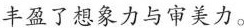
丰盈了想象力与审美力。